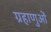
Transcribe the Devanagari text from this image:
ग्रहाणुओं